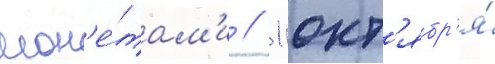
мон'е́там'и // 1 окт'ябр'я́